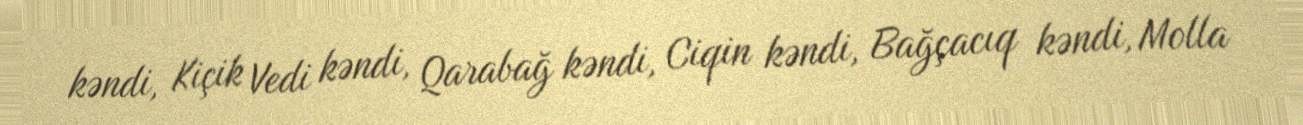
kəndi, Kiçik Vedi kəndi, Qarabağ kəndi, Ciqin kəndi, Bağçacıq kəndi, Molla